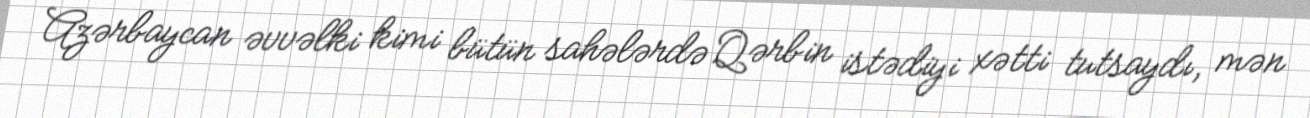
Azərbaycan əvvəlki kimi bütün sahələrdə Qərbin istədiyi xətti tutsaydı, mən